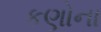
કણોના